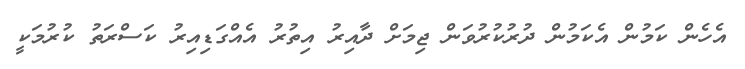
އެހެން ކަމުން އެކަމުން ދުރުކުރުވަން ޖިމަށް ދާއިރު އިތުރު އެއްގަޑިއިރު ކަސްރަތު ކުރުމަކީ